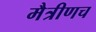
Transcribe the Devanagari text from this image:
मैत्रीणच